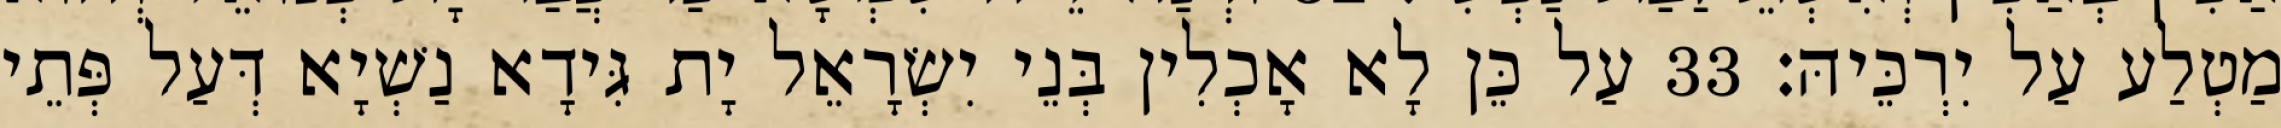
מַטְלַע עַל יִרְכֵּיהּ׃ 33 עַל כֵּן לָא אָכְלִין בְּנֵי יִשְׂרָאֵל יָת גִּידָא נַשְׁיָא דְּעַל פְּתֵי